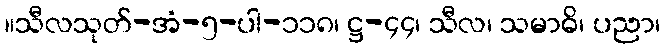
။သီလသုတ်-အံ-၅-ပါ-၁၁၈၊ ဋ္ဌ-၄၄၊ သီလ၊ သမာဓိ၊ ပညာ၊